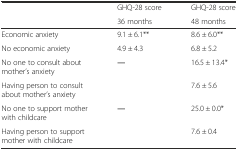
<table><thead><tr><td rowspan="2"></td><td><b>GHQ-28 score</b></td><td><b>GHQ-28 score</b></td></tr><tr><td><b>36 months</b></td><td><b>48 months</b></td></tr></thead><tbody><tr><td>Economic anxiety</td><td>9.1 ± 6.1**</td><td>8.6 ± 6.0**</td></tr><tr><td>No economic anxiety</td><td>4.9 ± 4.3</td><td>6.8 ± 5.2</td></tr><tr><td>No one to consult about mother’s anxiety</td><td rowspan="2">―</td><td>16.5 ± 13.4*</td></tr><tr><td>Having person to consult about mother’s anxiety</td><td>7.6 ± 5.6</td></tr><tr><td>No one to support mother with childcare</td><td rowspan="2">―</td><td>25.0 ± 0.0*</td></tr><tr><td>Having person to support mother with childcare</td><td>7.6 ± 0.4</td></tr></tbody></table>